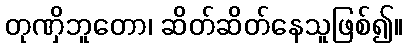
တုဏှိဘူတော၊ ဆိတ်ဆိတ်နေသူဖြစ်၍။